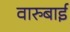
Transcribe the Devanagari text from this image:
वारुबाई